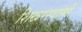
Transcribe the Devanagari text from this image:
शिखरस्वामी